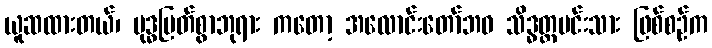
ယူဆထားတယ်၊ ဗုဒ္ဓမြတ်စွာဘုရား ကတော့ အလောင်းတော်ဘဝ သိဒ္ဓတ္ထမင်းသား ဖြစ်စဉ်က